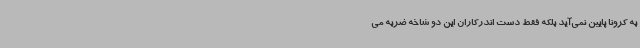
به کرونا پایین نمی‌آید بلکه فقط دست اندرکاران این دو شاخه ضربه می